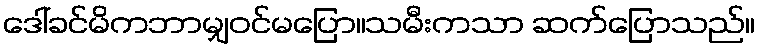
ဒေါ်ခင်မိကဘာမျှဝင်မပြော။သမီးကသာ ဆက်ပြောသည်။